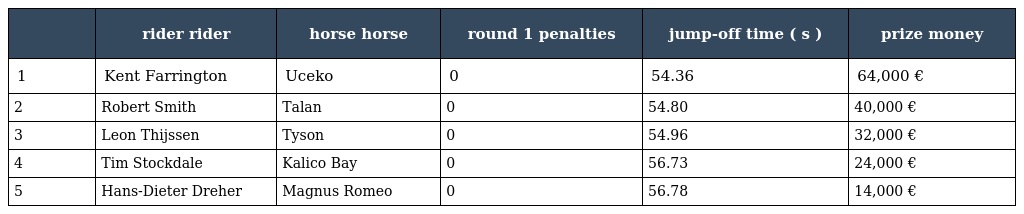
|  | rider rider | horse horse | round 1 penalties | jump-off time ( s ) | prize money |
 | --- | --- | --- | --- | --- | --- |
 | 1 | Kent Farrington | Uceko | 0 | 54.36 | 64,000 € |
 | 2 | Robert Smith | Talan | 0 | 54.80 | 40,000 € |
 | 3 | Leon Thijssen | Tyson | 0 | 54.96 | 32,000 € |
 | 4 | Tim Stockdale | Kalico Bay | 0 | 56.73 | 24,000 € |
 | 5 | Hans-Dieter Dreher | Magnus Romeo | 0 | 56.78 | 14,000 € |